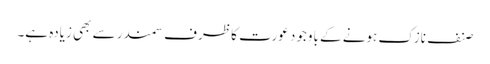
صنف نازک ہونے کے باوجود عورت کا ظرف سمندر سے بھی زیادہ ہے۔